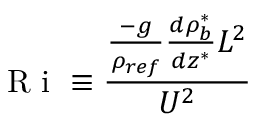
\textrm { R i } \equiv \frac { \frac { - g } { \rho _ { r e f } } \frac { d \rho _ { b } ^ { * } } { d z ^ { * } } L ^ { 2 } } { U ^ { 2 } }